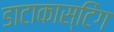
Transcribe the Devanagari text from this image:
डाटाकास्टिंग